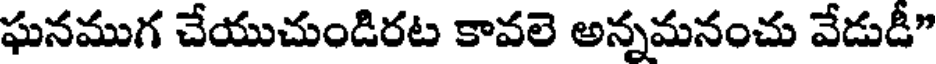
ఘనముగ చేయుచుండిరట కావలె అన్నమనంచు వేడుడీ"